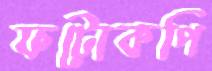
ফটোকপি